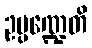
ဥပ္ပဏ္ဍေတိ